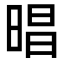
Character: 晿